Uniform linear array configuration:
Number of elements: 24
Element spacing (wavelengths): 1
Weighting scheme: hamming
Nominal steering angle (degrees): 15
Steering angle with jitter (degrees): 13.799
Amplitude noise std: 0.05
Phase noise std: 0.05

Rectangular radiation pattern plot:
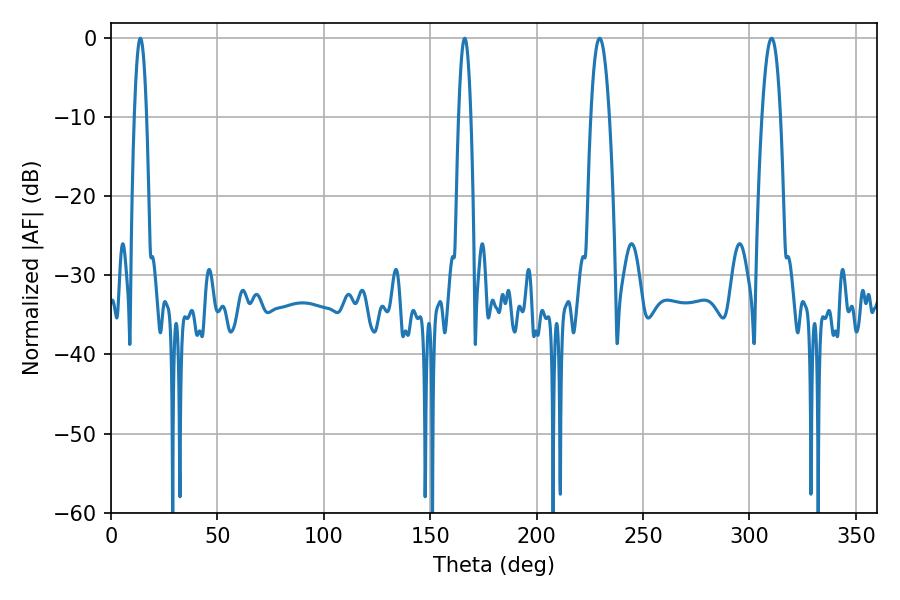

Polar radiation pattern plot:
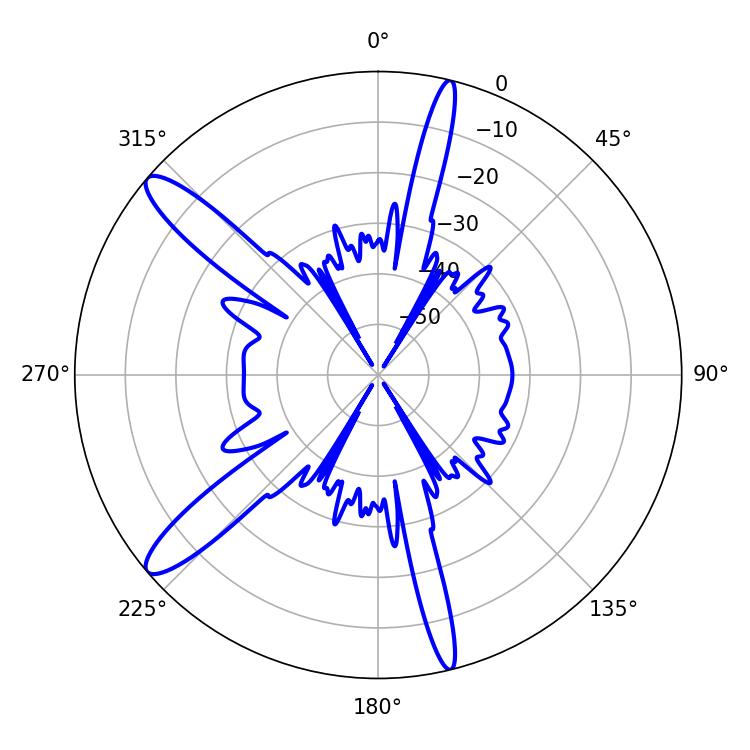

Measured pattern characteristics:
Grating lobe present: TRUE
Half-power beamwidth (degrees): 4.68
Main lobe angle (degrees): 229.68